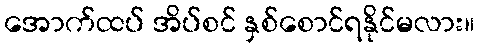
အောက်ထပ် အိပ်စင် နှစ်စောင်ရနိုင်မလား။